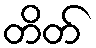
တိတ်